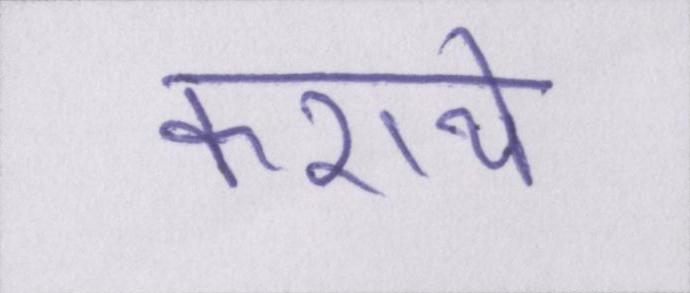
कराये